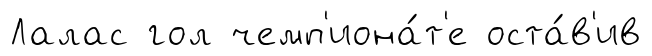
Лалас гол чемп'иона́т'е оста́в'ив